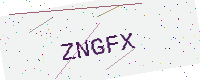
Text: ZNGFX